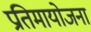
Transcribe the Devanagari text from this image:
प्रतिमायोजना